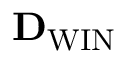
{ \bf D } _ { \mathrm { W I N } }